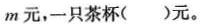
m元，一只茶杯()元。